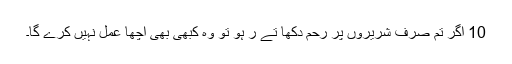
10 اگر تم صرف شریروں پر رحم دکھا تے ر ہو تو وہ کبھی بھی اچھا عمل نہیں کرے گا۔